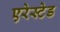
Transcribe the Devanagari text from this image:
एरेस्टेड